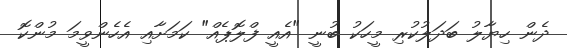
ދެން ހިޔާލު ބަދަލުކުރި މީހަކު ބުނީ "އެއީ ފްލޮޕެއް" ކަމަށާއި އެހެންވީމަ މުންކޮ